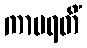
ကာမရတိံ